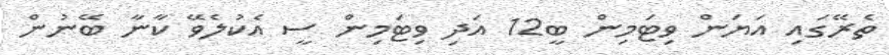
ތެރޭގައި އަޔަން ވިޓަމިން ބީ12 އަދި ވިޓަމިން ސީ އެކުލެވޭ ކާނާ ބޭނުން